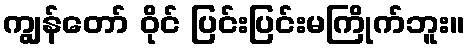
ကျွန်တော် ဝိုင် ပြင်းပြင်းမကြိုက်ဘူး။